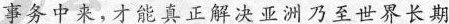
事务中来，才能真正解决亚洲乃至世界长期